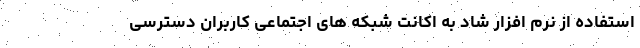
استفاده از نرم افزار شاد به اکانت شبکه های اجتماعی کاربران دسترسی